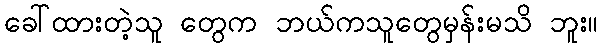
ခေါ်ထားတဲ့သူ တွေက ဘယ်ကသူတွေမှန်းမသိ ဘူး။